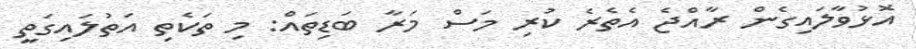
އޮޅުވާލައިގެން ރާއްޖެ އެތެރެ ކުރި މަސް މަރާ ބަޑިތައް: މި ތަކެތި އަތުލައިގަތީ